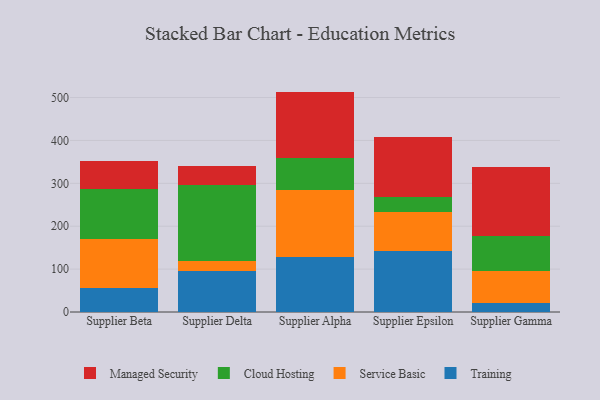
{"axis": {"x": "Supplier", "y": "Inventory Turnover"}, "legend": ["Cloud Hosting", "Managed Security", "Service Basic", "Training"], "data": [{"x": "Supplier Beta", "y": 56.7, "type": "Training"}, {"x": "Supplier Beta", "y": 113.5, "type": "Service Basic"}, {"x": "Supplier Beta", "y": 116.8, "type": "Cloud Hosting"}, {"x": "Supplier Beta", "y": 64.8, "type": "Managed Security"}, {"x": "Supplier Delta", "y": 94.7, "type": "Training"}, {"x": "Supplier Delta", "y": 23.2, "type": "Service Basic"}, {"x": "Supplier Delta", "y": 177.7, "type": "Cloud Hosting"}, {"x": "Supplier Delta", "y": 45.1, "type": "Managed Security"}, {"x": "Supplier Alpha", "y": 128.6, "type": "Training"}, {"x": "Supplier Alpha", "y": 156.0, "type": "Service Basic"}, {"x": "Supplier Alpha", "y": 74.2, "type": "Cloud Hosting"}, {"x": "Supplier Alpha", "y": 155.1, "type": "Managed Security"}, {"x": "Supplier Epsilon", "y": 142.1, "type": "Training"}, {"x": "Supplier Epsilon", "y": 90.7, "type": "Service Basic"}, {"x": "Supplier Epsilon", "y": 34.7, "type": "Cloud Hosting"}, {"x": "Supplier Epsilon", "y": 139.5, "type": "Managed Security"}, {"x": "Supplier Gamma", "y": 22.1, "type": "Training"}, {"x": "Supplier Gamma", "y": 72.9, "type": "Service Basic"}, {"x": "Supplier Gamma", "y": 83.3, "type": "Cloud Hosting"}, {"x": "Supplier Gamma", "y": 160.8, "type": "Managed Security"}]}